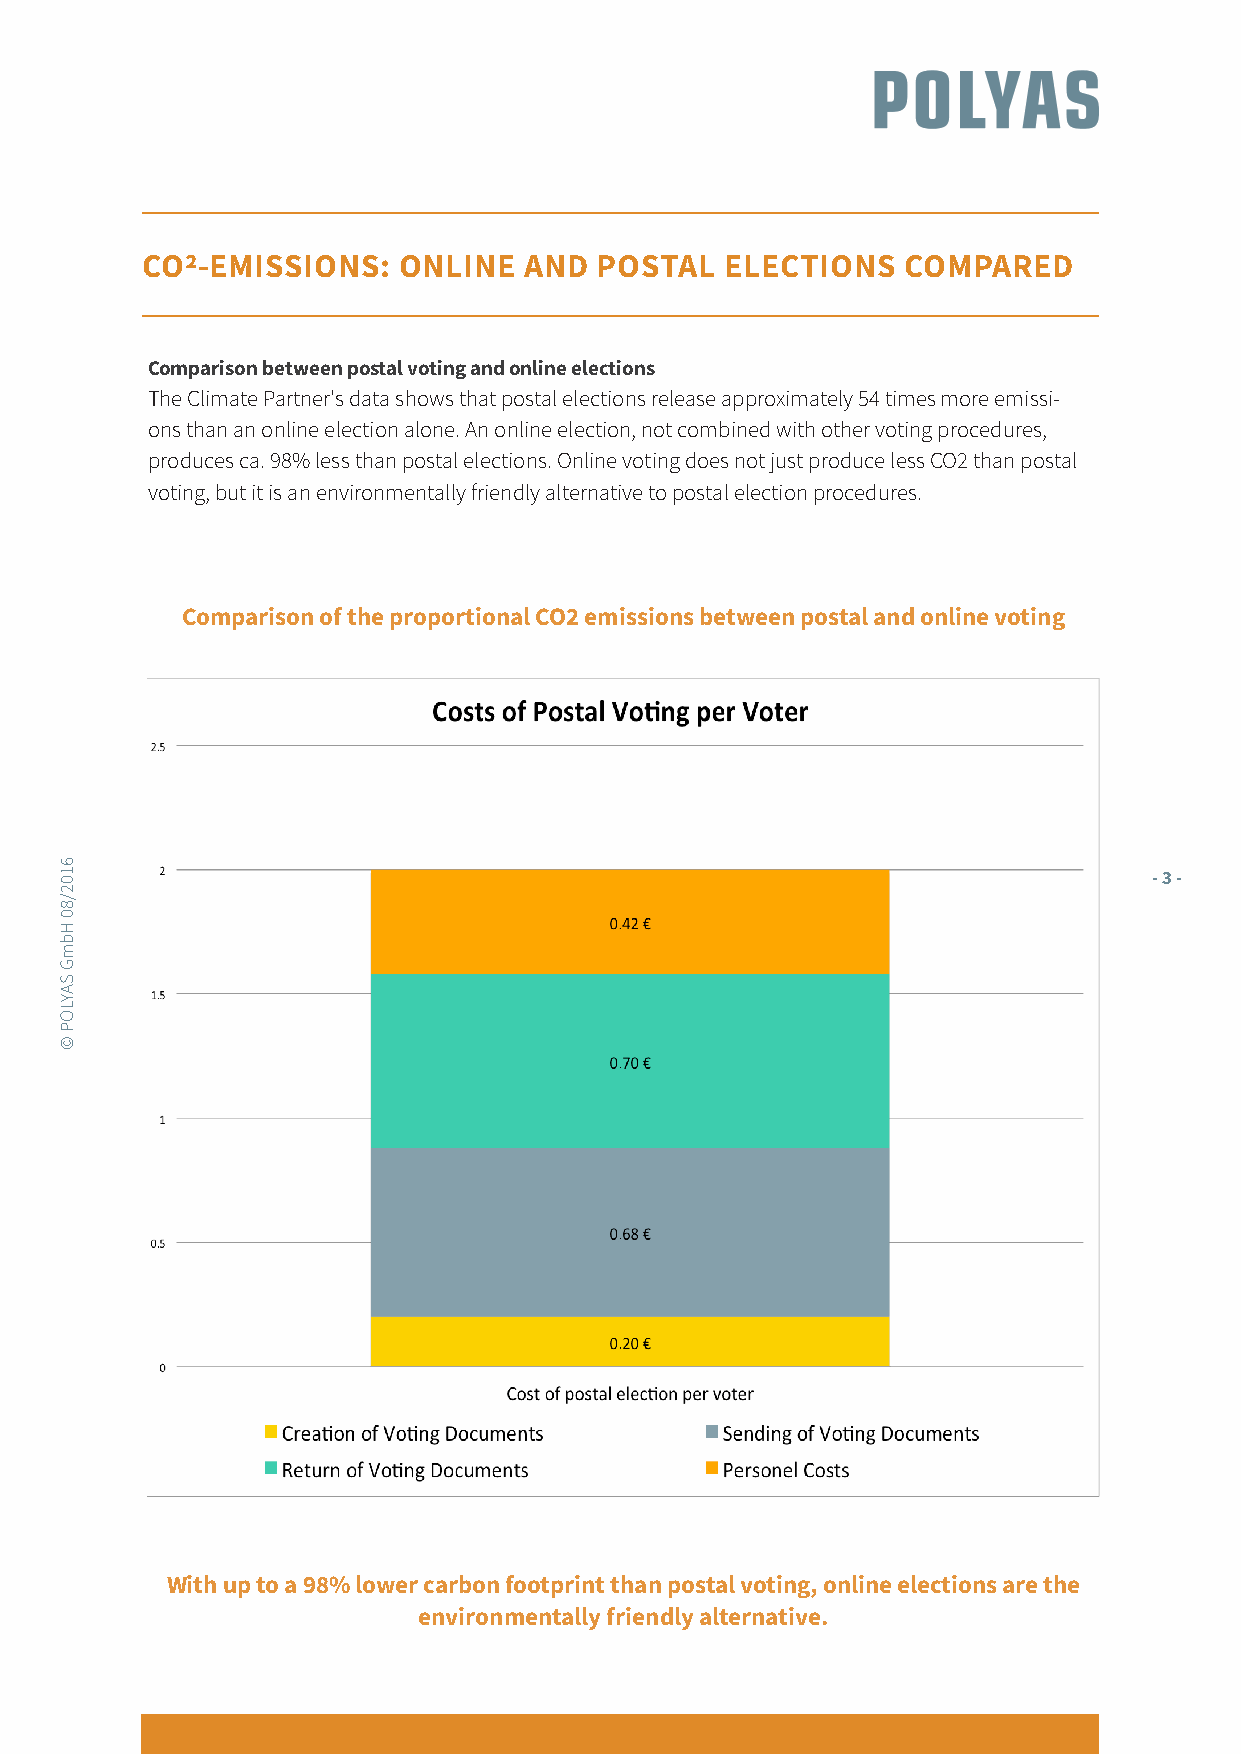
CO2-EMISSIONS:   ONLINE   AND  POSTAL  ELECTIONS   COMPARED
 Comparison between postal voting and online elections
 The Climate Partner's data shows that postal elections release approximately 54 times more emissi-
 ons than an online election alone. An online election, not combined with other voting procedures,
 produces ca. 98% less than postal elections. Online voting does not just produce less CO2 than postal
 voting, but it is an environmentally friendly alternative to postal election procedures.
 Comparison of the proportional CO2 emissions between postal and online voting
 - 3 -
 With up to a 98% lower carbon footprint than postal voting, online elections are the
 environmentally friendly alternative.
 6102/80
 HbmG
 SAYLOP
 ©